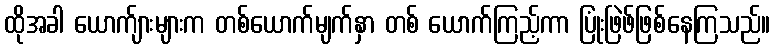
ထိုအခါ ယောက်ျားများက တစ်ယောက်မျက်နှာ တစ် ယောက်ကြည့်ကာ ပြုံးဖြဲဖ်ဖြစ်နေကြသည်။